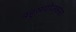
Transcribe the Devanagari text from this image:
बहुसंयोजकता